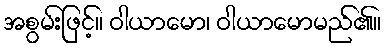
အစွမ်းဖြင့်။ ဝါယာမော၊ ဝါယာမောမည်၏။